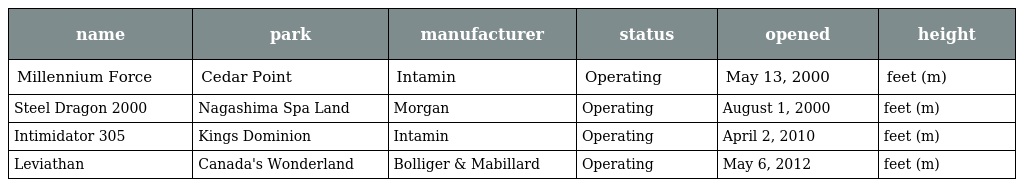
| name | park | manufacturer | status | opened | height |
 | --- | --- | --- | --- | --- | --- |
 | Millennium Force | Cedar Point | Intamin | Operating | May 13, 2000 | feet (m) |
 | Steel Dragon 2000 | Nagashima Spa Land | Morgan | Operating | August 1, 2000 | feet (m) |
 | Intimidator 305 | Kings Dominion | Intamin | Operating | April 2, 2010 | feet (m) |
 | Leviathan | Canada's Wonderland | Bolliger & Mabillard | Operating | May 6, 2012 | feet (m) |